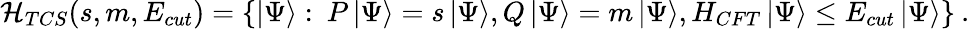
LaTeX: {\cal H}_{TCS}(s,m,E_{cut})=\left\{ \left|\Psi\right\rangle:\: P\left|\Psi\right\rangle=s\left|\Psi\right\rangle,Q\left|\Psi\right\rangle=m\left|\Psi\right\rangle,H_{CFT}\left|\Psi\right\rangle\leq E_{cut}\left|\Psi\right\rangle\right\} \: .